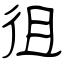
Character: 徂